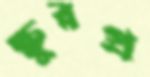
ক্ষুরপ্র